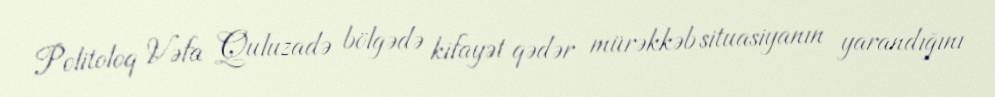
Politoloq Vəfa Quluzadə bölgədə kifayət qədər mürəkkəb situasiyanın yarandığını